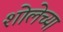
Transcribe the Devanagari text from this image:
शोलेच्या